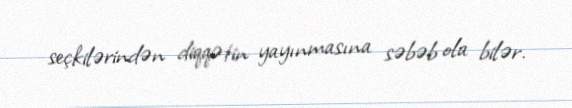
seçkilərindən diqqətin yayınmasına səbəb ola bilər.